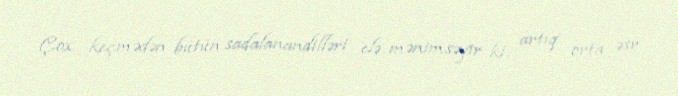
Çox keçmədən bütün sadalanandilləri elə mənimsəyir ki, artıq orta əsr